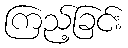
ကြည့်ခြင်း